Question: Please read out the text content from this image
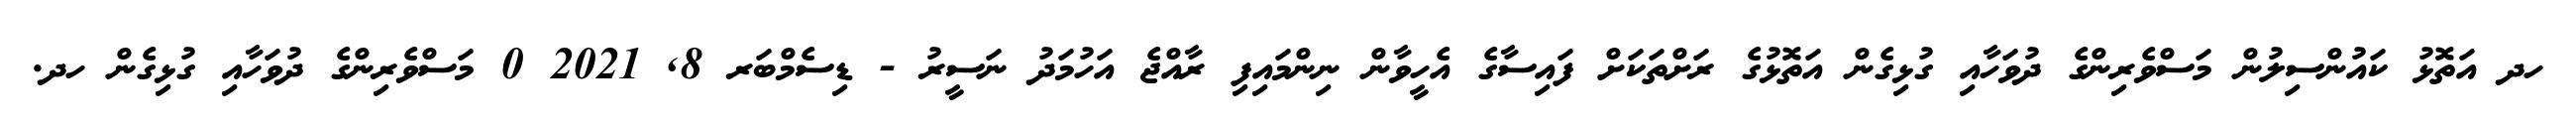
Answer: ހދ އަތޮޅު ކައުންސިލުން މަސްވެރިންގެ ދުވަހާއި ގުޅިގެން އަތޮޅުގެ ރަށްތަކަށް ފައިސާގެ އެހީވާން ނިންމައިފި ރާއްޖެ އަހުމަދު ނަސީރު - ޑިސެމްބަރ 8, 2021 0 މަސްވެރިންގެ ދުވަހާއި ގުޅިގެން ހދ.